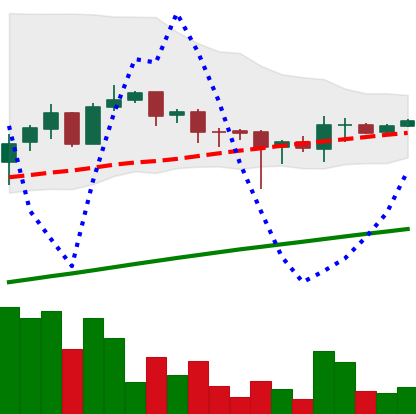
Ticker: LTC-USD
Chart end date: 2017-08-04
Forward return: 10.5%
Label: up_7plus